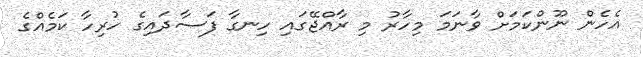
އެހެން ނޫންކަމަށް ވާނަމަ މިހާރު މި ރާއްޖޭގައި ހިނގާ ފަސާދައިގެ ހުރިހާ ކަމެއްގެ